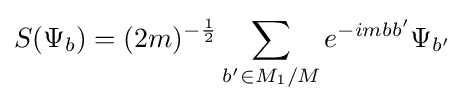
S(\Psi _{b})=(2m)^{-{\frac {1}{2}}}\sum _{b'\in M_{1}/M}e^{-imbb'}\Psi _{b'}